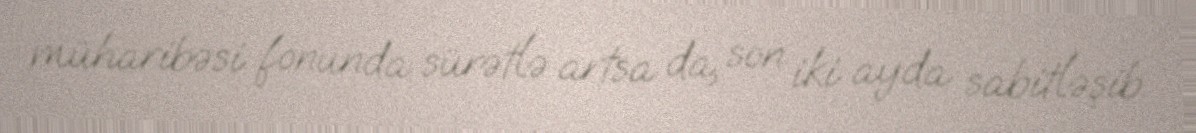
müharibəsi fonunda sürətlə artsa da, son iki ayda sabitləşib.